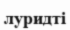
луридті